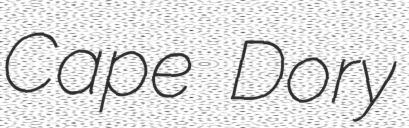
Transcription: Cape Dory